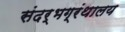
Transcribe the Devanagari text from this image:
संदर्भग्रंथालय